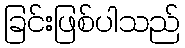
ခြင်းဖြစ်ပါသည်